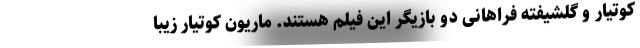
کوتیار و گلشیفته فراهانی دو بازیگر این فیلم هستند. ماریون کوتیار زیبا